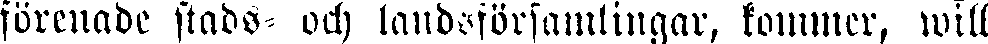
förenade stads- och landsförsamlingar, kommer, will